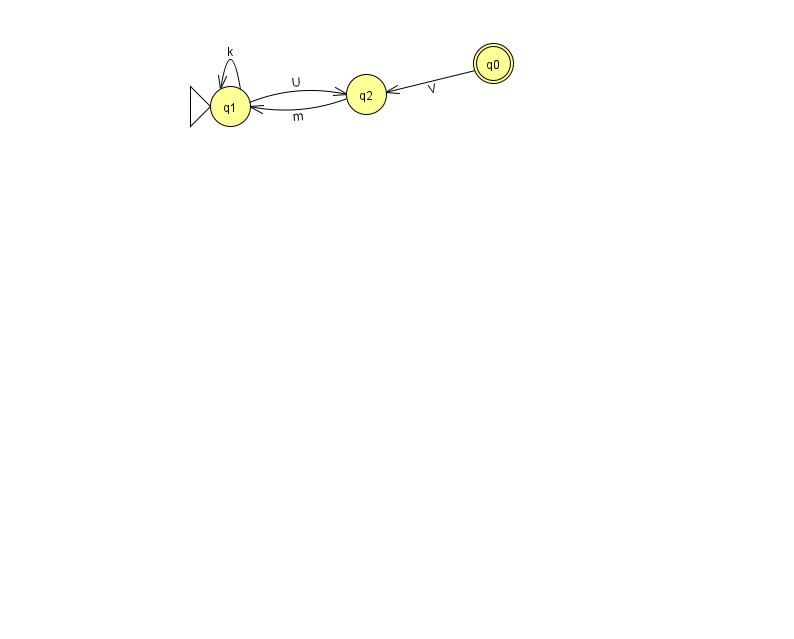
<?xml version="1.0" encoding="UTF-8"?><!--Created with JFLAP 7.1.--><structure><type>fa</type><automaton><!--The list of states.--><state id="0" name="q0"><x>493.0</x><y>50.0</y><final/></state><state id="1" name="q1"><x>230.0</x><y>93.0</y><initial/></state><state id="2" name="q2"><x>366.0</x><y>81.0</y></state><!--The list of transitions.--><transition><from>1</from><to>2</to><read>U</read></transition><transition><from>1</from><to>1</to><read>k</read></transition><transition><from>2</from><to>1</to><read>m</read></transition><transition><from>0</from><to>2</to><read>V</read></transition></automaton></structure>